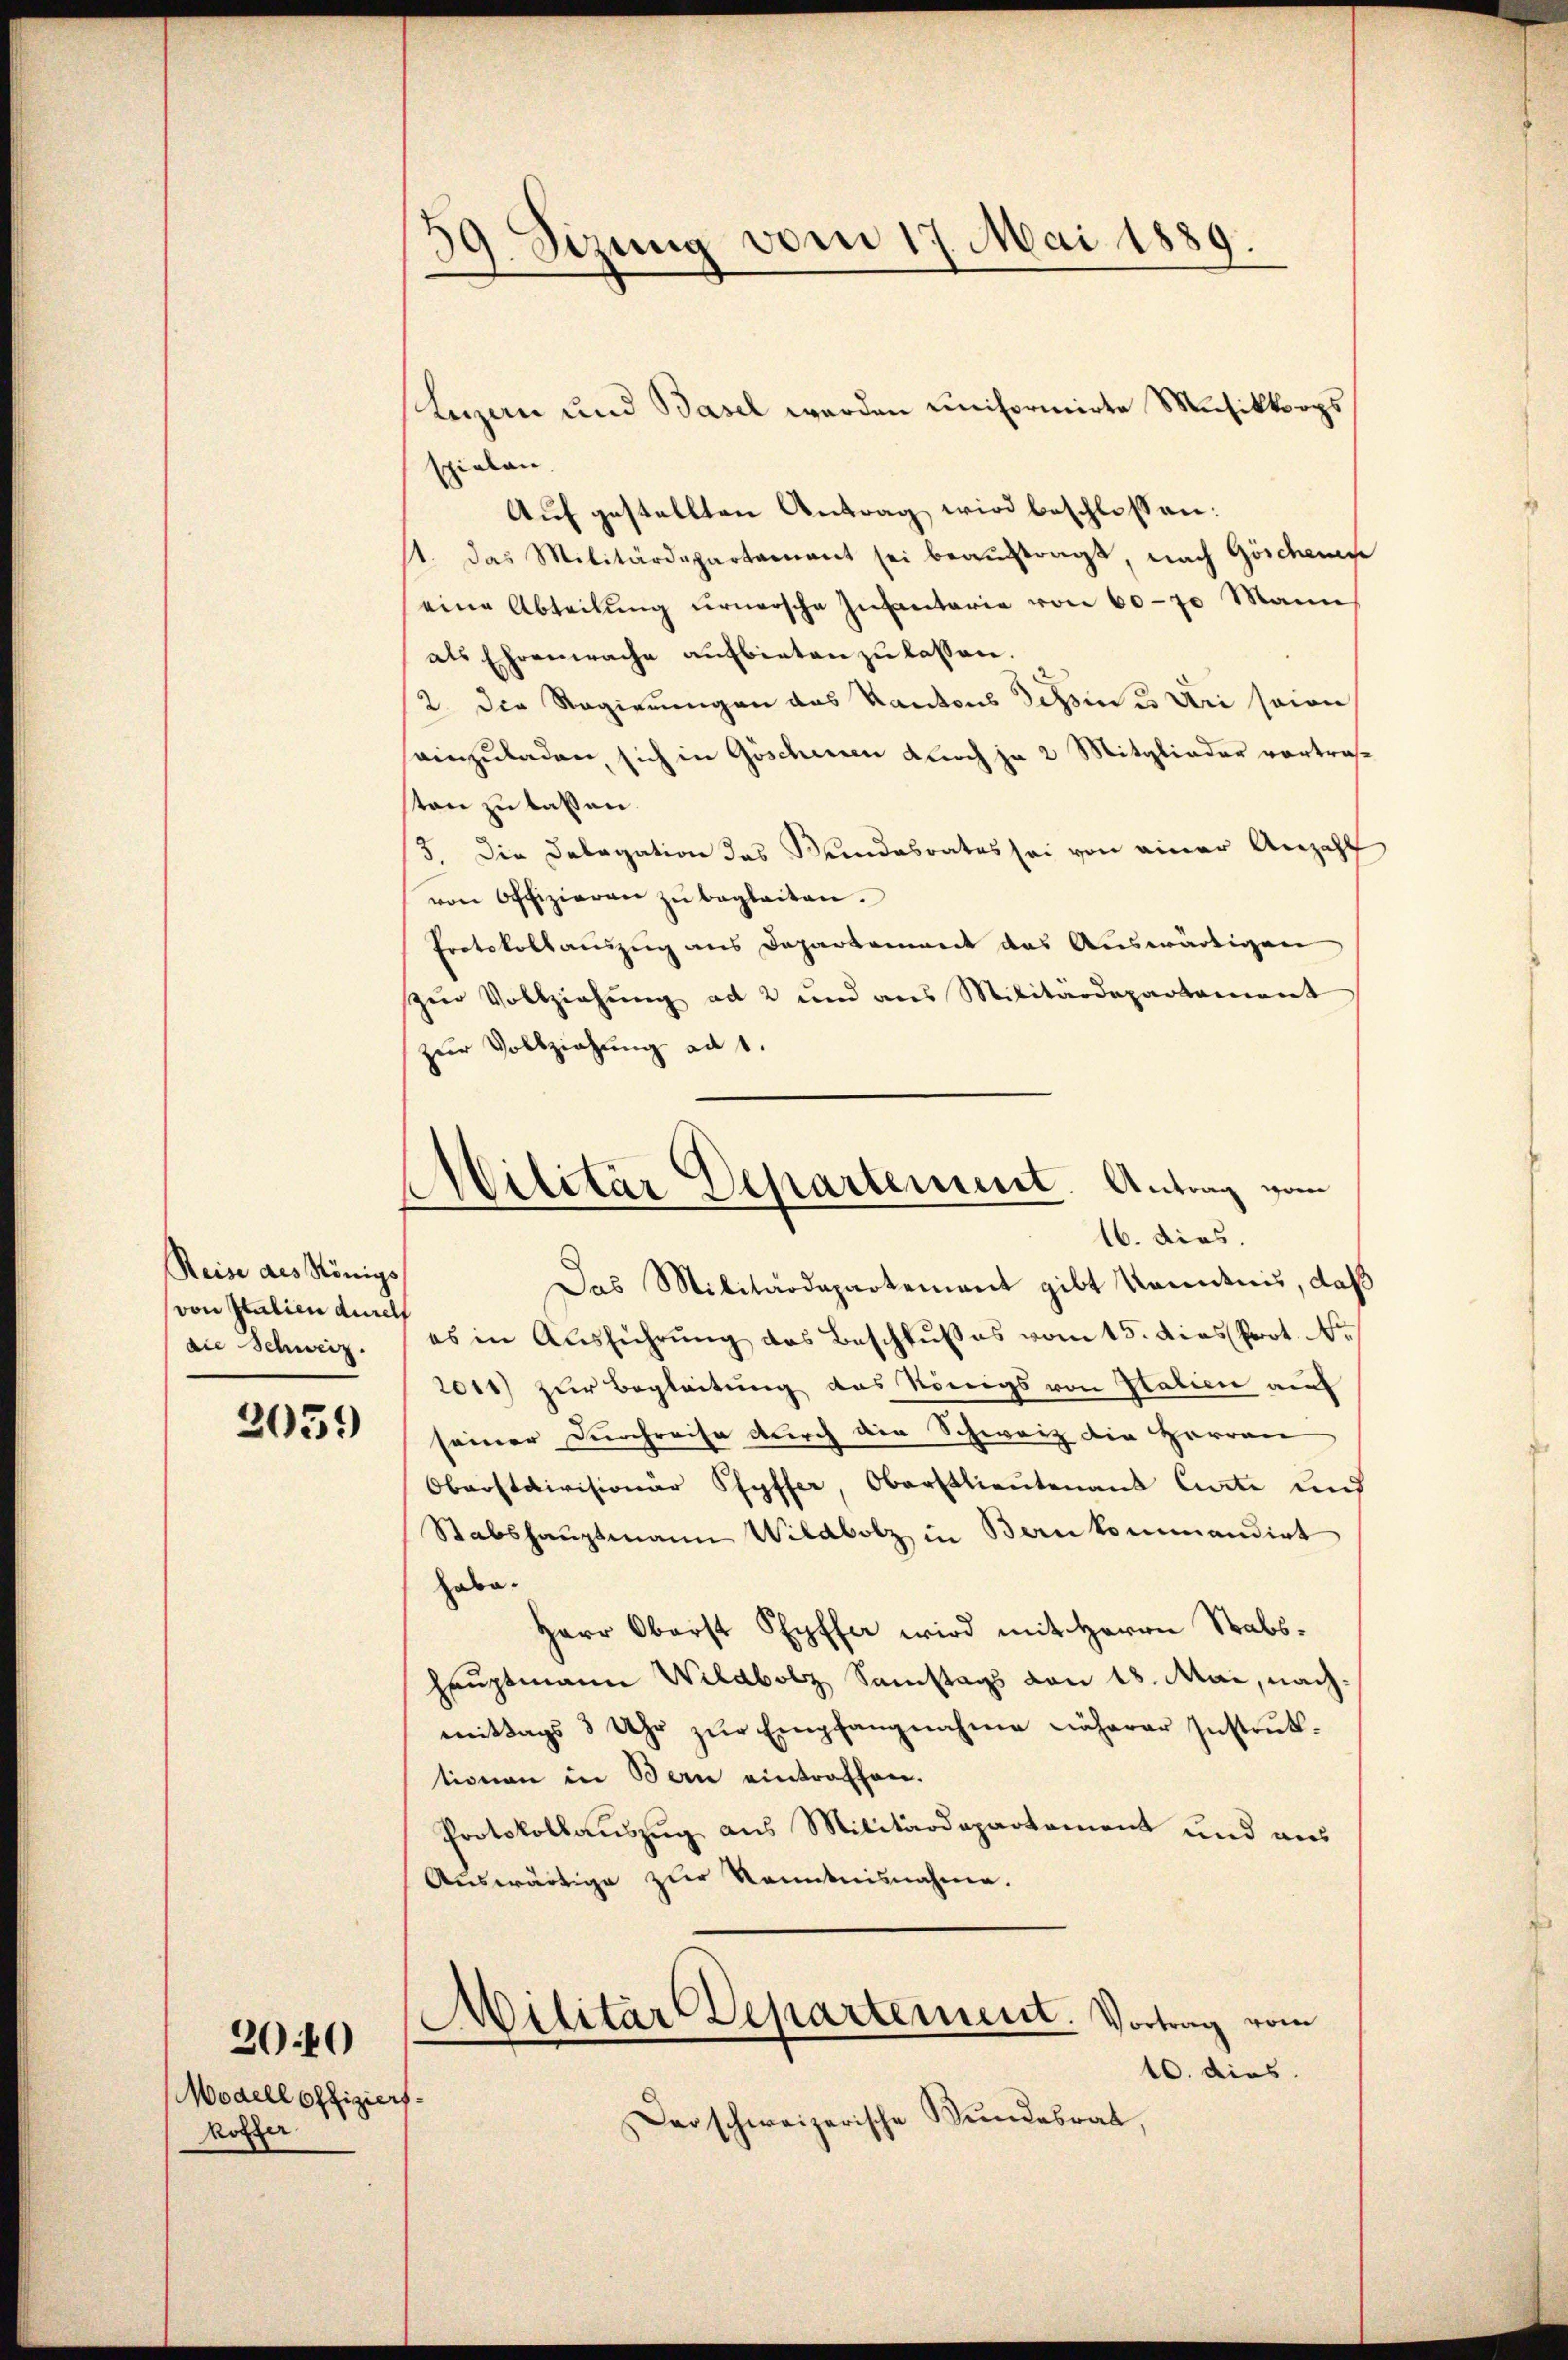
Reise des Königs,
von Italien durch
ai Schweiz.

2059

Modell offizier
Rölzer

2040

¬
39. Sizung vom 17 Mai 1889.

Lezzen und Basel werden uniformirte Musikkorps
spielen.
Auf gestellten Antrag wird beschlossen:
st. Das Militärdepartamant sei beaŭftragt, nach Göschense
eine Abteilŭng ŭrnersche Infantarie von 60-70 Mann
als Ehrenwache aufbieten zu lassen.
2. Die Regierungen das Kantons Tessin es Uri seine
einzuladen, sich in Göschenen durch je 2 Mitglieder vortraton zu laßen.
13. Die Delegation das Bundesrates sei von einer Anzahl
von Offizieren zŭ begleiten.
Protokollauszug aus Departement das Auswärtigen
zur Vollziehung ad 2 und aus Militärdepartament
zur Vollziehung ad 1.
Das Militärdepartement gibt kanntnis, daß
es in Ausführung des Beschlusses vom 15. dies Prot. N
2011) zur Begleitung des Königs von Italien auf
seiner Durchreise durch die Schweiz die Herren
Oberstaivisionär Pfyffer, Oberstlieutenant Carte auf
Stabshauptmann Wildbolz in Bankommandirt
Haba¬
Herr Oberst Pfyffer wird mit Herrn Stabshauptmann Wildbolz Samstags von 18. Mai, nachmittags 3 Uhr zŭr Empfangnahme näherer Instrŭk-
tionen in Bern eintraffen.
Protokollauszug aus Militärdepartement und aus
Auswärtige zur Kenntnisnahme.
1
Militär-Departement. Vortrag vom
10. dies
s
Der schweizerische Bundesrat,

Militar Departement. Antrag vom
16. dies.